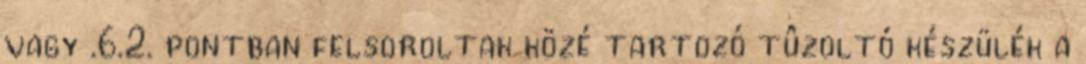
vagy .6.2. pontban felsoroltak közé tartozó tûzoltó készülék a